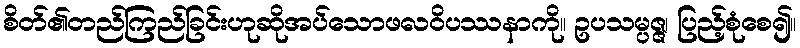
စိတ်၏တည်ကြည်ခြင်းဟုဆိုအပ်သောဖလဝိပဿနာကို။ ဥပသမ္ပဇ္ဇ၊ ပြည့်စုံစေ၍။